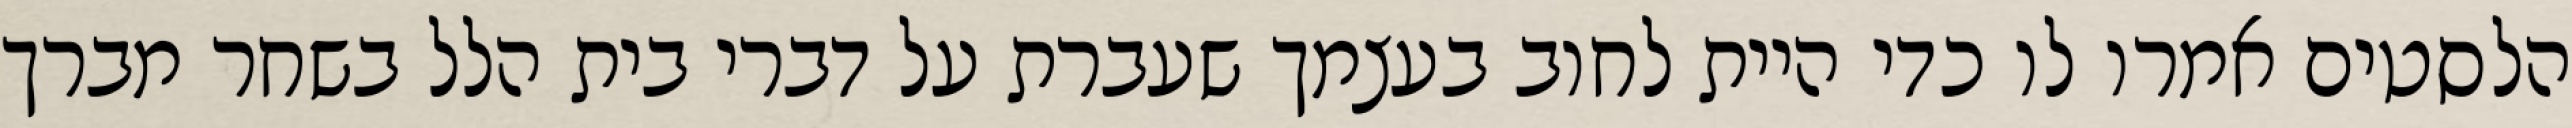
הלסטים אמרו לו כדי היית לחוב בעצמך שעברת על דברי בית הלל בשחר מברך